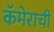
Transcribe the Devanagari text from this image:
कॅमेराची